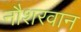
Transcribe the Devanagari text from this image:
नौशरवान